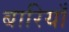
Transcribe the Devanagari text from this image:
बारियाँ